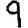
Digit: 9